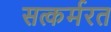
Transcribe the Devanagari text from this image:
सत्कर्मरत